Report of the Municipal Commissioner on the plague in Bombay for the year ending 31st May... - Volume 3
Disease focus: Plague
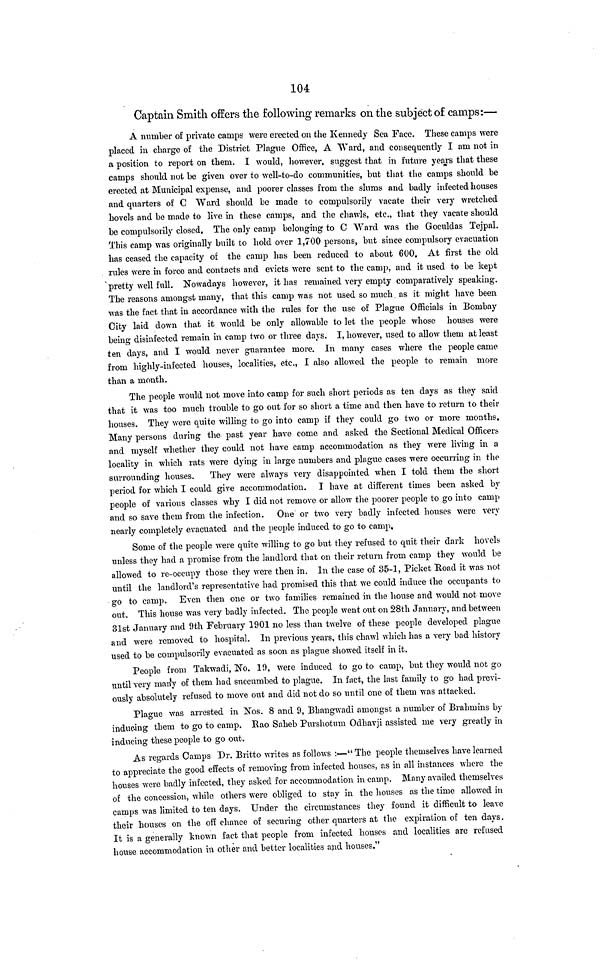
104
Captain Smith offers the following remarks on the subject of camps:—
A number of private camps were erected on the Kennedy Sea Face. These camps were
placed in charge of the District Plague Office, A Ward, and consequently I am not in
a position to report on them. I would, however, suggest that in future years that these
camps should not be given over to well-to-do communities, but that the camps should be
erected at Municipal expense, and poorer classes from the slums and badly infected houses
and quarters of C Ward should be made to compulsorily vacate their very wretched
hovels and be made to live in these camps, and the chawls, etc., that they vacate should
be compulsorily closed. The only camp belonging to C Ward was the Goculdas Tejpal.
This camp was originally built to hold over 1,700 persons, but since compulsory evacuation
has ceased the capacity of the camp has been reduced to about 600. At first the old
rules were in force and contacts and evicts were sent to the camp, and it used to be kept
pretty well full. Nowadays however, it has remained very empty comparatively speaking.
The reasons amongst many, that this camp was not used so much as it might have been
was the fact that in accordance with the rules for the use of Plague Officials in Bombay
City laid down that it would be only allowable to let the people whose houses were
being disinfected remain in camp two or three days. I, however, used to allow them at least
ten days, and I would never guarantee more. In many cases where the people came
from highly-infected houses, localities, etc., I also allowed the people to remain more
than a month.
The people would not move into camp for such short periods as ten days as they said
that it was too much trouble to go out for so short a time and then have to return to their
houses. They were quite willing to go into camp if they could go two or more months.
Many persons during the past year have come and asked the Sectional Medical Officers
and myself whether they could not have camp accommodation as they were living in a
locality in which rats were dying in large numbers and plague cases were occurring in the
surrounding houses. They were always very disappointed when I told them the short
period for which I could give accommodation. I have at different times been asked by
people of various classes why I did not remove or allow the poorer people to go into camp
and so save them from the infection. One or two very badly infected houses were very
nearly completely evacuated and the people induced to go to camp.
Some of the people were quite willing to go but they refused to quit their dark hovels
unless they had a promise from the landlord that on their return from camp they would be
allowed to re-occupy those they were then in. In the case of 85-1, Picket Road it was not
until the landlord's representative had promised this that we could induce the occupants to
go to camp. Even then one or two families remained in the house and would not move
out. This house was very badly infected. The people went out on 28th January, and between
31st January and 9th February 1901 no less than twelve of these people developed plague
and were removed to hospital. In previous years, this chawl which has a very bad history
used to be compulsorily evacuated as soon as plague showed itself in it.
People from Takwadi, No. 19, were induced to go to camp, but they would not go
until very many of them had succumbed to plague. In fact, the last family to go had previ-
ously absolutely refused to move out and did not do so until one of them was attacked.
Plague was arrested in Nos. 8 and 9, Bhangwadi amongst a number of Brahmins by
inducing them to go to camp. Rao Saheb Purshotum Odhavji assisted me very greatly in
inducing these people to go out.
As regards Camps Dr. Britto writes as follows :—" The people themselves have learned
to appreciate the good effects of removing from infected houses, as in all instances where the
houses were badly infected, they asked for accommodation in camp. Many availed themselves
of the concession, while others were obliged to stay in the houses as the time allowed in
camps was limited to ten days. Under the circumstances they found it difficult to leave
their houses on the off chance of securing other quarters at the expiration of ten days.
It is a generally known fact that people from infected houses and localities are refused
house accommodation in other and better localities and houses."